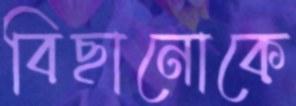
বিছানোকে